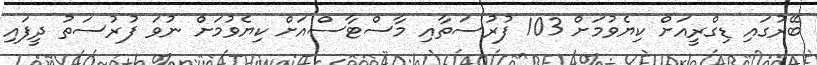
ބޭރުގައި ޑިގްރީއަށް ކިޔެވުމަށް 103 ފުރުސަތާއި މާސްޓާސްއަށް ކިޔެވުމަށް ނުވަ ފުރުސަތު ދީފައި